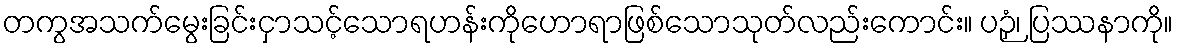
တကွအသက်မွေးခြင်းငှာသင့်သောရဟန်းကိုဟောရာဖြစ်သောသုတ်လည်းကောင်း။ ပဉှံ၊ ပြဿနာကို။